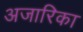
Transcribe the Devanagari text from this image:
अजारिका